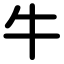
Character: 牛